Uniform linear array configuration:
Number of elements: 12
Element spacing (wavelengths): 1
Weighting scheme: binomial
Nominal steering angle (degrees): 60
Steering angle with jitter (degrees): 60.348
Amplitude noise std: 0.05
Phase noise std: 0.05

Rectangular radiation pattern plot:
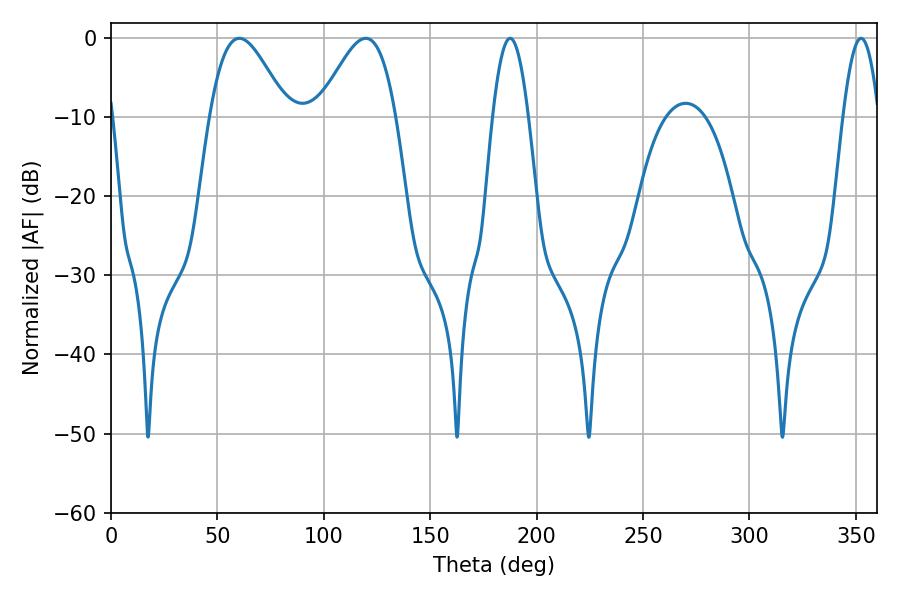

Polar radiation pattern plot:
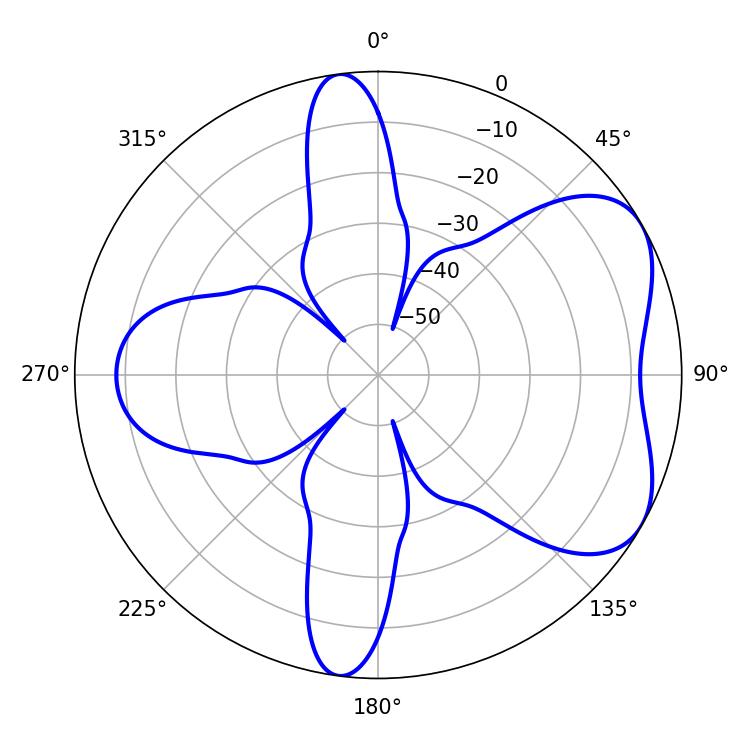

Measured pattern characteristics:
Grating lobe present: TRUE
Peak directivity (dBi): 5.419
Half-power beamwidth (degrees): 19.44
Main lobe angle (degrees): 60.3